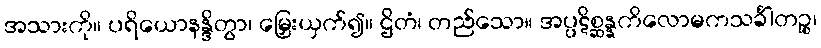
အသားကို။ ပရိယောနန္ဒိတွာ၊ မြှေးယှက်၍။ ဌိတံ၊ တည်သော။ အပ္ပဋိစ္ဆန္နကိလောမကသင်္ခါတဉ္စ၊